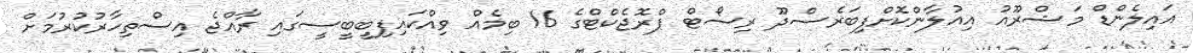
އައިލެންޑް މަޝްރޫއު އިއުލާންކޮށްފިބަރެސްދޫ ރިސޯޓް ޕްރޮޖެކްޓްގެ 16 ބިމެއް ވިއްކައިފިބީބީސީގައި ރާއްޖެ އިސްތިހާރުކުރުމަށް